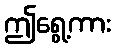
ဤရွေ့ကား